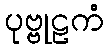
ပုဗ္ဗုဠကံ